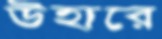
উহারে